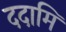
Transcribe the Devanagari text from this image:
ददामि